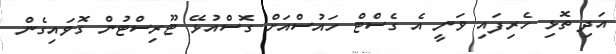
އަދި ތޮޅި ހެރިފައި ވަނީ އެ ގެސްޓް ހައުސްއަށް ގޮސްއުޅޭ ޓޫރިސްޓުން ގޮވައިގެން